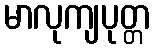
မာလုကျပုတ္တ